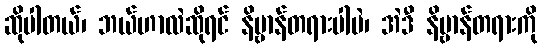
ဆိုပါတယ်၊ ဘယ်ဟာလဲဆိုရင် နိဗ္ဗာန်တရားပါပဲ၊ အဲဒီ နိဗ္ဗာန်တရားကို